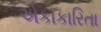
એકાકારિતા